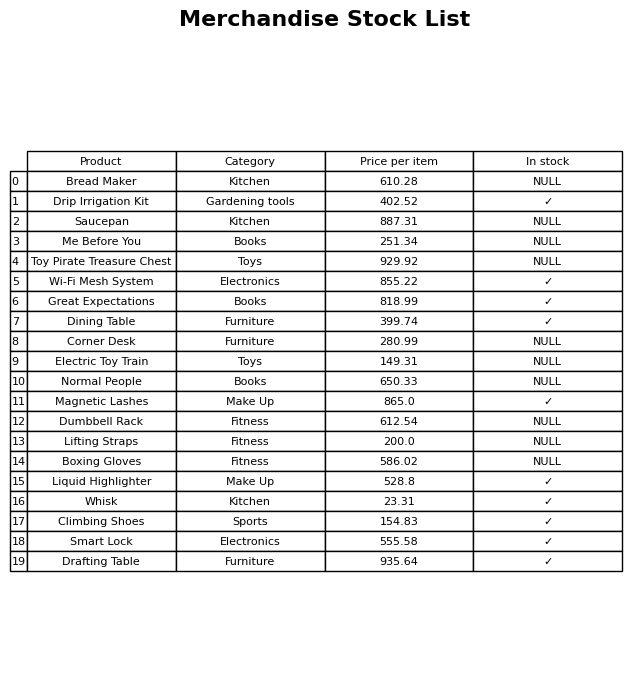
question: What is the stock status of the Drafting Table?
answer: ✓